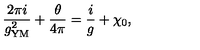
\frac { 2 \pi i } { g _ { \mathrm { Y M } } ^ { 2 } } + \frac { \theta } { 4 \pi } = \frac { i } { g } + \chi _ { 0 } ,